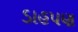
ડાહપણ